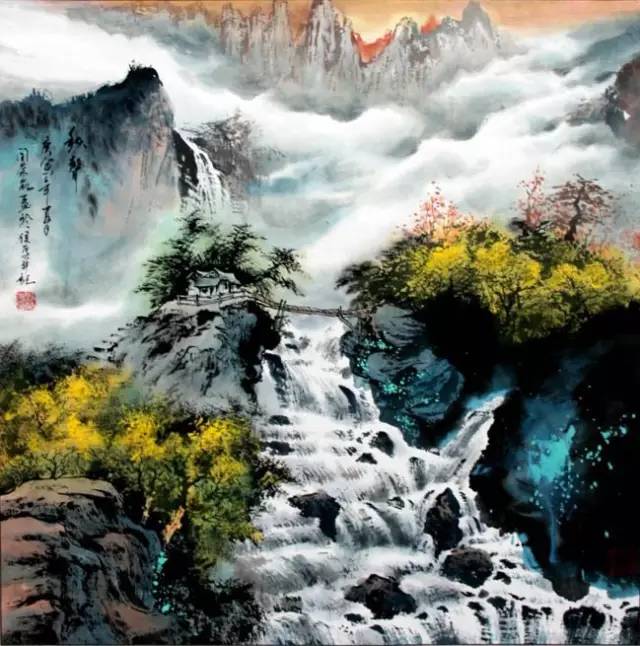
哀莫大于心死。